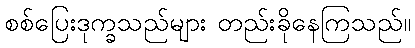
စစ်ပြေးဒုက္ခသည်များ တည်းခိုနေကြသည်။